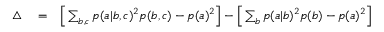
\begin{array} { r l r } { \bigtriangleup } & { { } = } & { \Big [ \sum _ { b , c } p ( a | b , c ) ^ { 2 } p ( b , c ) - p ( a ) ^ { 2 } \Big ] - \Big [ \sum _ { b } p ( a | b ) ^ { 2 } p ( b ) - p ( a ) ^ { 2 } \Big ] } \end{array}